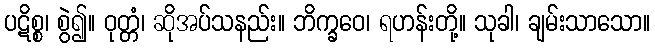
ပဋိစ္စ၊ စွဲ၍။ ဝုတ္တံ၊ ဆိုအပ်သနည်း။ ဘိက္ခဝေ၊ ရဟန်းတို့။ သုခါ၊ ချမ်းသာသော။